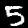
Digit: 5